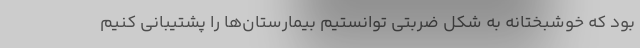
بود که خوشبختانه به شکل ضربتی توانستیم بیمارستان‌ها را پشتیبانی کنیم